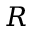
R